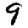
Digit: 9